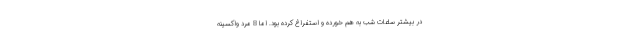
در بیشتر ساعات شب به هم خورده و استفراغ کرده بود. اما 8 مرد واکسینه